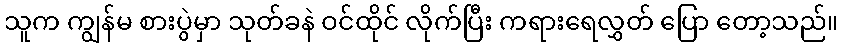
သူက ကျွန်မ စားပွဲမှာ သုတ်ခနဲ ဝင်ထိုင် လိုက်ပြီး ကရားရေလွှတ် ပြော တော့သည်။